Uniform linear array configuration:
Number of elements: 8
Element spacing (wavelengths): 0.75
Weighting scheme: blackman
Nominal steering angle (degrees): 60
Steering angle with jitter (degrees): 58.25
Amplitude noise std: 0.05
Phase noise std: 0.05

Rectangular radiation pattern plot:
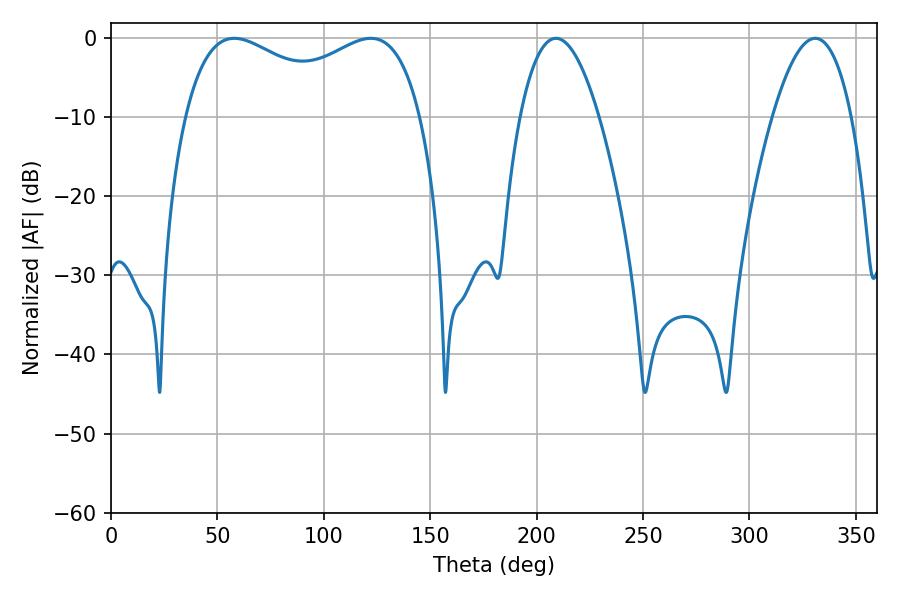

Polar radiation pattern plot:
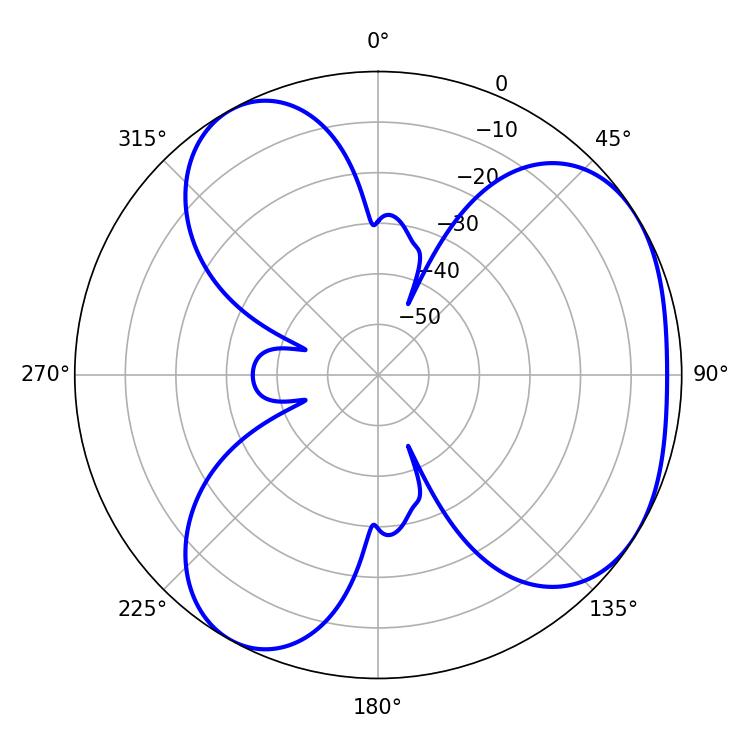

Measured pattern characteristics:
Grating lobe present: TRUE
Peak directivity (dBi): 4.199
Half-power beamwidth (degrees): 92.16
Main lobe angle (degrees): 122.04